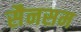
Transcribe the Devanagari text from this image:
सैनसम